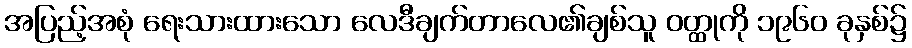
အပြည့်အစုံ ရေးသားထားသော လေဒီချက်တာလေ၏ချစ်သူ ဝတ္ထုကို ၁၉၆၀ ခုနှစ်၌